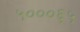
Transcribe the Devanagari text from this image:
५०००६५